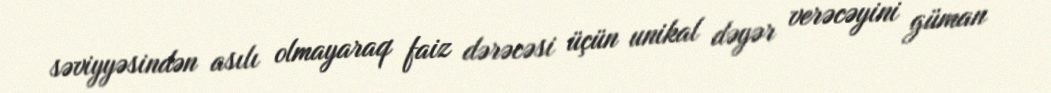
səviyyəsindən asılı olmayaraq faiz dərəcəsi üçün unikal dəyər verəcəyini güman